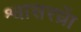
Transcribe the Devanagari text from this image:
श्वासरध्राें